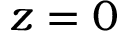
z = 0